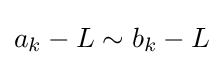
a_{k}-L\sim b_{k}-L